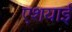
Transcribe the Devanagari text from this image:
एशयाई